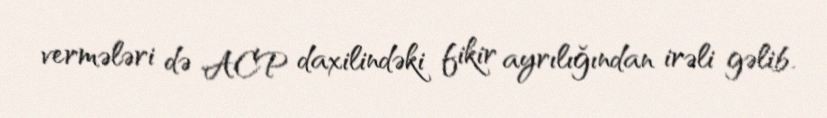
vermələri də ACP daxilindəki fikir ayrılığından irəli gəlib.